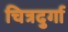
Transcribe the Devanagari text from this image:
चित्रदुर्गा